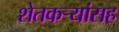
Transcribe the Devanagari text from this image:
शेतकर्‍यांसह